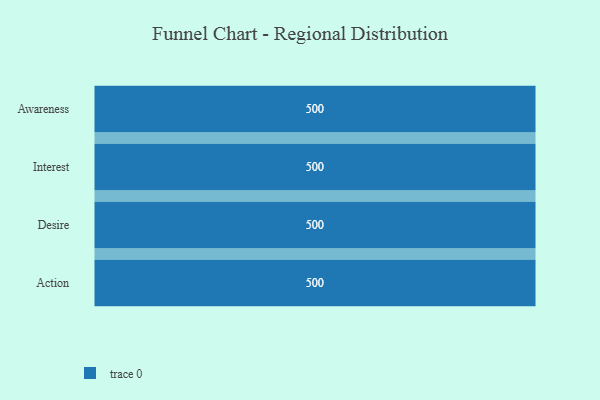
{"axis": {"x": "Stage", "y": "Value"}, "legend": [""], "data": [{"x": "Awareness", "y": 500, "type": ""}, {"x": "Interest", "y": 500, "type": ""}, {"x": "Desire", "y": 500, "type": ""}, {"x": "Action", "y": 500, "type": ""}]}